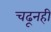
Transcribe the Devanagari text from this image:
चढूनही